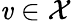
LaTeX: \mathit{v}\in\mathcal{X}